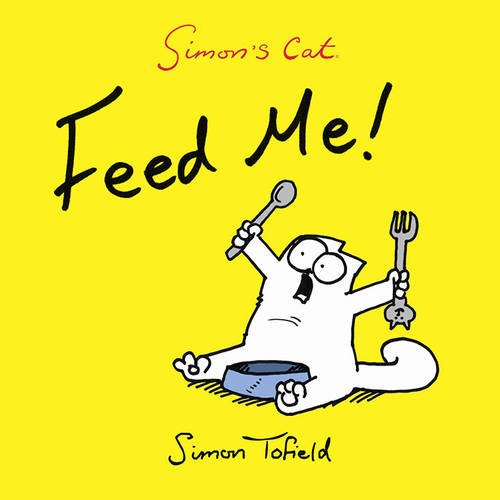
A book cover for Simon's Cat: Feed Me!; Simon Tofield; Humor & Entertainment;